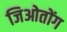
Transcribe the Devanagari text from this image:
जिओतोंग